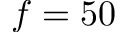
f = 5 0